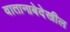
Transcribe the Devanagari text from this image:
वातानाबेदेखील